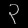
Digit: ၃